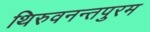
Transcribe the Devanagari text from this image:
थिरुवनन्तपुरम